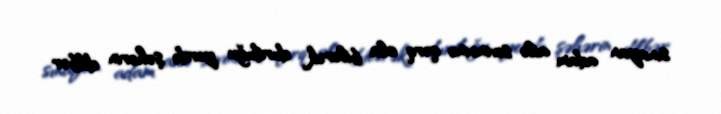
sınayan adam ailə sevincinə qərq ola bilərək durduğu yerdə şəhərin dilbər